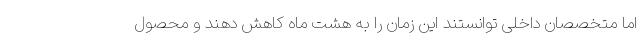
اما متخصصان داخلی توانستند این زمان را به هشت ماه کاهش دهند و محصول